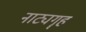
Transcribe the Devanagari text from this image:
नाट्यगॄह